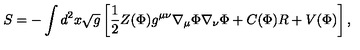
S = - \int d ^ { 2 } x \sqrt { g } \left[ { \frac { 1 } { 2 } } Z ( \Phi ) g ^ { \mu \nu } \nabla _ { \mu } \Phi \nabla _ { \nu } \Phi + C ( \Phi ) R + V ( \Phi ) \right] ,